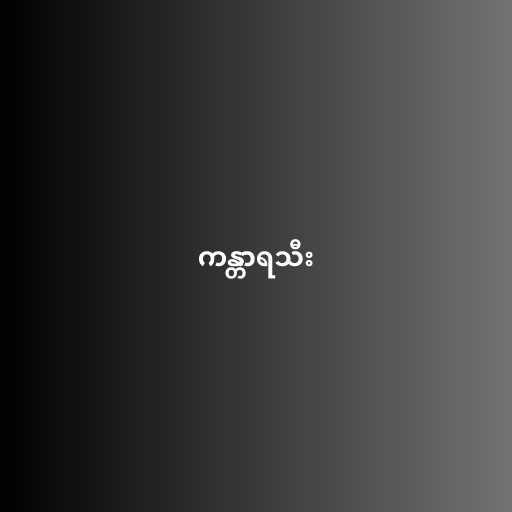
ကန္တာရသီး